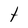
Character: t